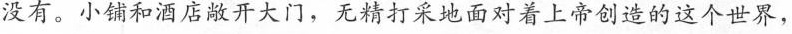
没有。小铺和酒店敞开大门，无精打采地面对着上帝创造的这个世界，